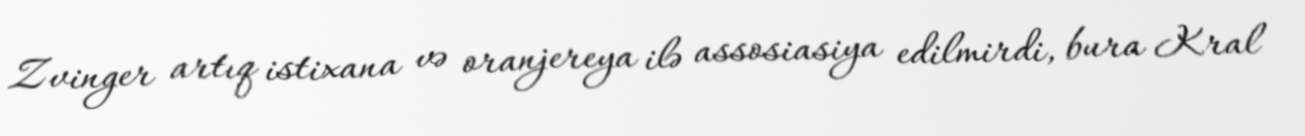
Zvinger artıq istixana və oranjereya ilə assosiasiya edilmirdi, bura Kral